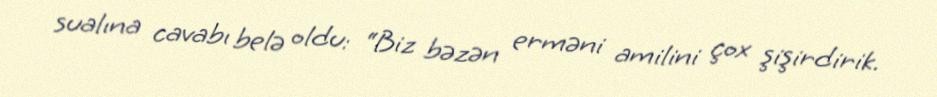
sualına cavabı belə oldu: “Biz bəzən erməni amilini çox şişirdirik.